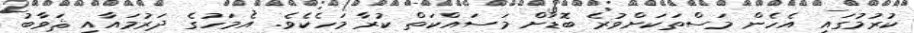
ކުރުމުގައި އެހެން މަސްތަކަށްވުރެ ބޮޑަށް މަސައްކަތް ކުރާ މަހެކެވެ. އެމަހުގެ ދަރުމައާއި ޘަވާބު